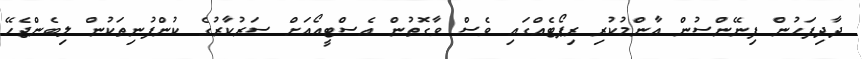
ދާދިފަހުން ފިނޭންސުން އާންމުކުރި ރިޕޯޓެއްގައި ވެސް ވާގޮތުން އެސްޓީއޯއަށް ސަރުކާރުގެ ކުންފުނިތަކުން ލިބެންޖެހޭ